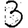
Digit: 3